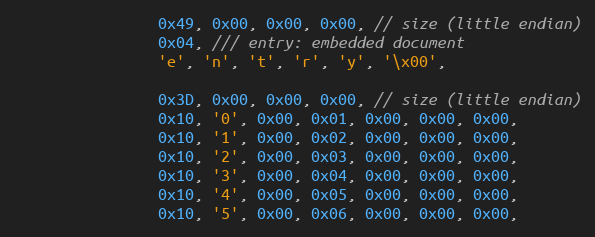
Language: C++
                0x49, 0x00, 0x00, 0x00, // size (little endian)
                0x04, /// entry: embedded document
                'e', 'n', 't', 'r', 'y', '\x00',

                0x3D, 0x00, 0x00, 0x00, // size (little endian)
                0x10, '0', 0x00, 0x01, 0x00, 0x00, 0x00,
                0x10, '1', 0x00, 0x02, 0x00, 0x00, 0x00,
                0x10, '2', 0x00, 0x03, 0x00, 0x00, 0x00,
                0x10, '3', 0x00, 0x04, 0x00, 0x00, 0x00,
                0x10, '4', 0x00, 0x05, 0x00, 0x00, 0x00,
                0x10, '5', 0x00, 0x06, 0x00, 0x00, 0x00,